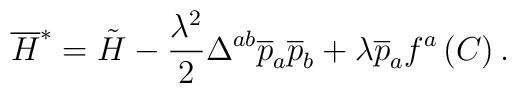
\overline{H}^{*}=\tilde H-\frac{\lambda ^2}2\Delta ^{ab}\overline{p}_a\overline{p}_b+\lambda \overline{p}_af^a\left( C\right) .